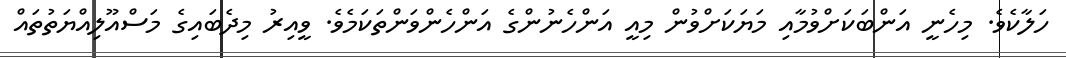
ހަލާކެވެ. މިހެނީ އަންބަކަށްވުމާއި މަޔަކަށްވުން މިއީ އަންހެނުންގެ އަންހެންވަންތަކަމެވެ. ވީއިރު މިދެބައިގެ މަސްއޫލިއްޔަތުތައް